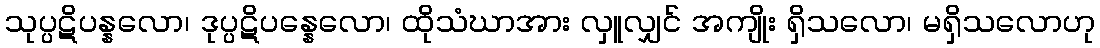
သုပ္ပဋိပန္နလော၊ ဒုပ္ပဋိပန္နေလော၊ ထိုသံဃာအား လှူလျှင် အကျိုး ရှိသလော၊ မရှိသလောဟု